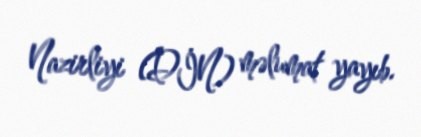
Nazirliyi (DİN) məlumat yayıb.